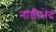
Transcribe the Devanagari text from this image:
नाडीभेद